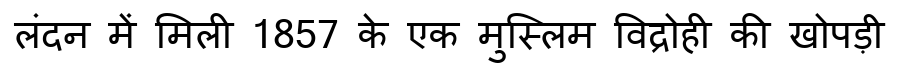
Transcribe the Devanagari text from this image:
लंदन में मिली 1857 के एक मुस्लिम विद्रोही की खोपड़ी